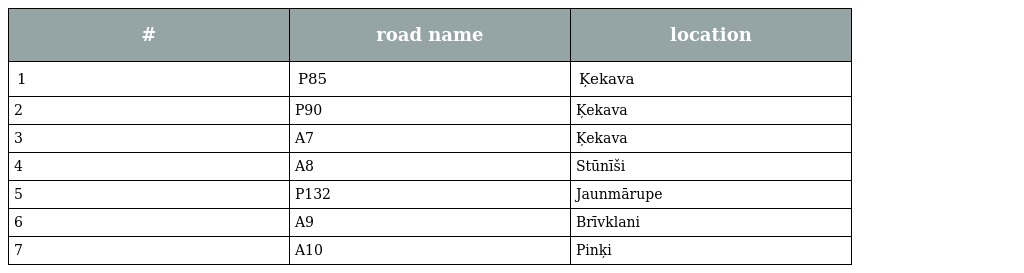
| # | road name | location |
 | --- | --- | --- |
 | 1 | P85 | Ķekava |
 | 2 | P90 | Ķekava |
 | 3 | A7 | Ķekava |
 | 4 | A8 | Stūnīši |
 | 5 | P132 | Jaunmārupe |
 | 6 | A9 | Brīvklani |
 | 7 | A10 | Pinķi |